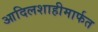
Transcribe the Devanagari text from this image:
आदिलशाहीमार्फत